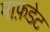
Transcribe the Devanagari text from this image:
माफ़डेट